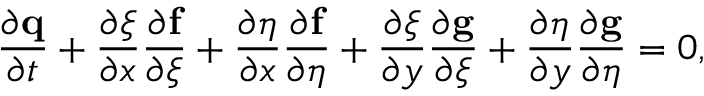
\frac { \partial \mathbf { q } } { \partial t } + \frac { \partial \xi } { \partial x } \frac { \partial \mathbf { f } } { \partial \xi } + \frac { \partial \eta } { \partial x } \frac { \partial \mathbf { f } } { \partial \eta } + \frac { \partial \xi } { \partial y } \frac { \partial \mathbf { g } } { \partial \xi } + \frac { \partial \eta } { \partial y } \frac { \partial \mathbf { g } } { \partial \eta } = 0 ,